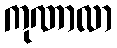
ကုဏာလာ